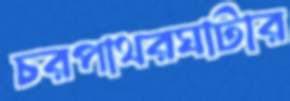
চরপাথরঘাটার